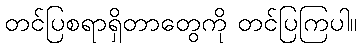
တင်ပြစရာရှိတာတွေကို တင်ပြကြပါ။